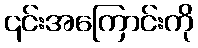
၎င်းအကြောင်းကို